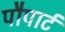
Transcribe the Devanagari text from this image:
पौपार्ट